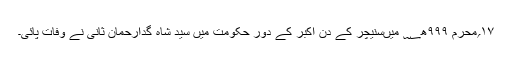
۱۷؍محرم ۹۹۹ھ؁ میںسنیچر کے دن اکبر کے دور حکومت میں سید شاہ گدارحمان ثانی نے وفات پائی۔